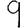
Digit: 9